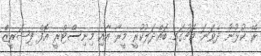
ރޭ ކުޅުނު ދެވަނަ މެޗުގައި ބައްދަލުކުރީ މީރާ އާއި މިނިސްޓްރީ އޮފް ފިޝަރީޒް